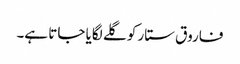
فاروق ستار کو گلے لگایا جاتا ہے۔